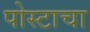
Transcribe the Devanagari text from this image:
पोस्टाचा